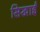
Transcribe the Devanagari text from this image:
सिखाईं